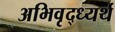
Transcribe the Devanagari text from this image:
अभिवृद्ध्यर्थ